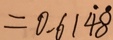
= 0 . 6 1 \dot { 4 } \dot { 8 }